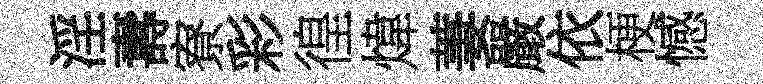
淫夀寮彩徨煒萋嚴依梗憾